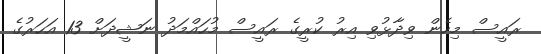
ރައީސް މިހެން ވިދާޅުވި އިރު ކުރީގެ ރައީސް މުހައްމަދު ނަޝީދަށް 13 އަހަރުގެ